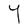
Character: Y